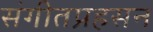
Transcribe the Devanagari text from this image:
संगीतप्रहसन